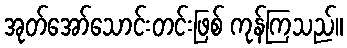
အုတ်အော်သောင်းတင်းဖြစ် ကုန်ကြသည်။